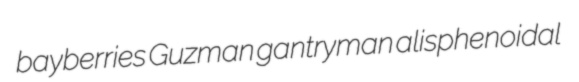
bayberries Guzman gantryman alisphenoidal